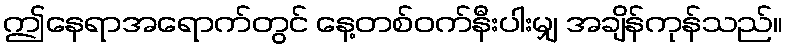
ဤနေရာအရောက်တွင် နေ့တစ်ဝက်နီးပါးမျှ အချိန်ကုန်သည်။